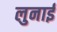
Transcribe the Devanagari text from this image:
लुनाई